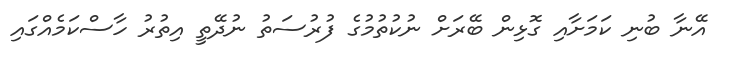
އޭނާ ބުނި ކަމަށާއި ގޮޅިން ބޭރަށް ނުކުތުމުގެ ފުރުސަތު ނުދޭތީ އިތުރު ހާސްކަމެއްގައި